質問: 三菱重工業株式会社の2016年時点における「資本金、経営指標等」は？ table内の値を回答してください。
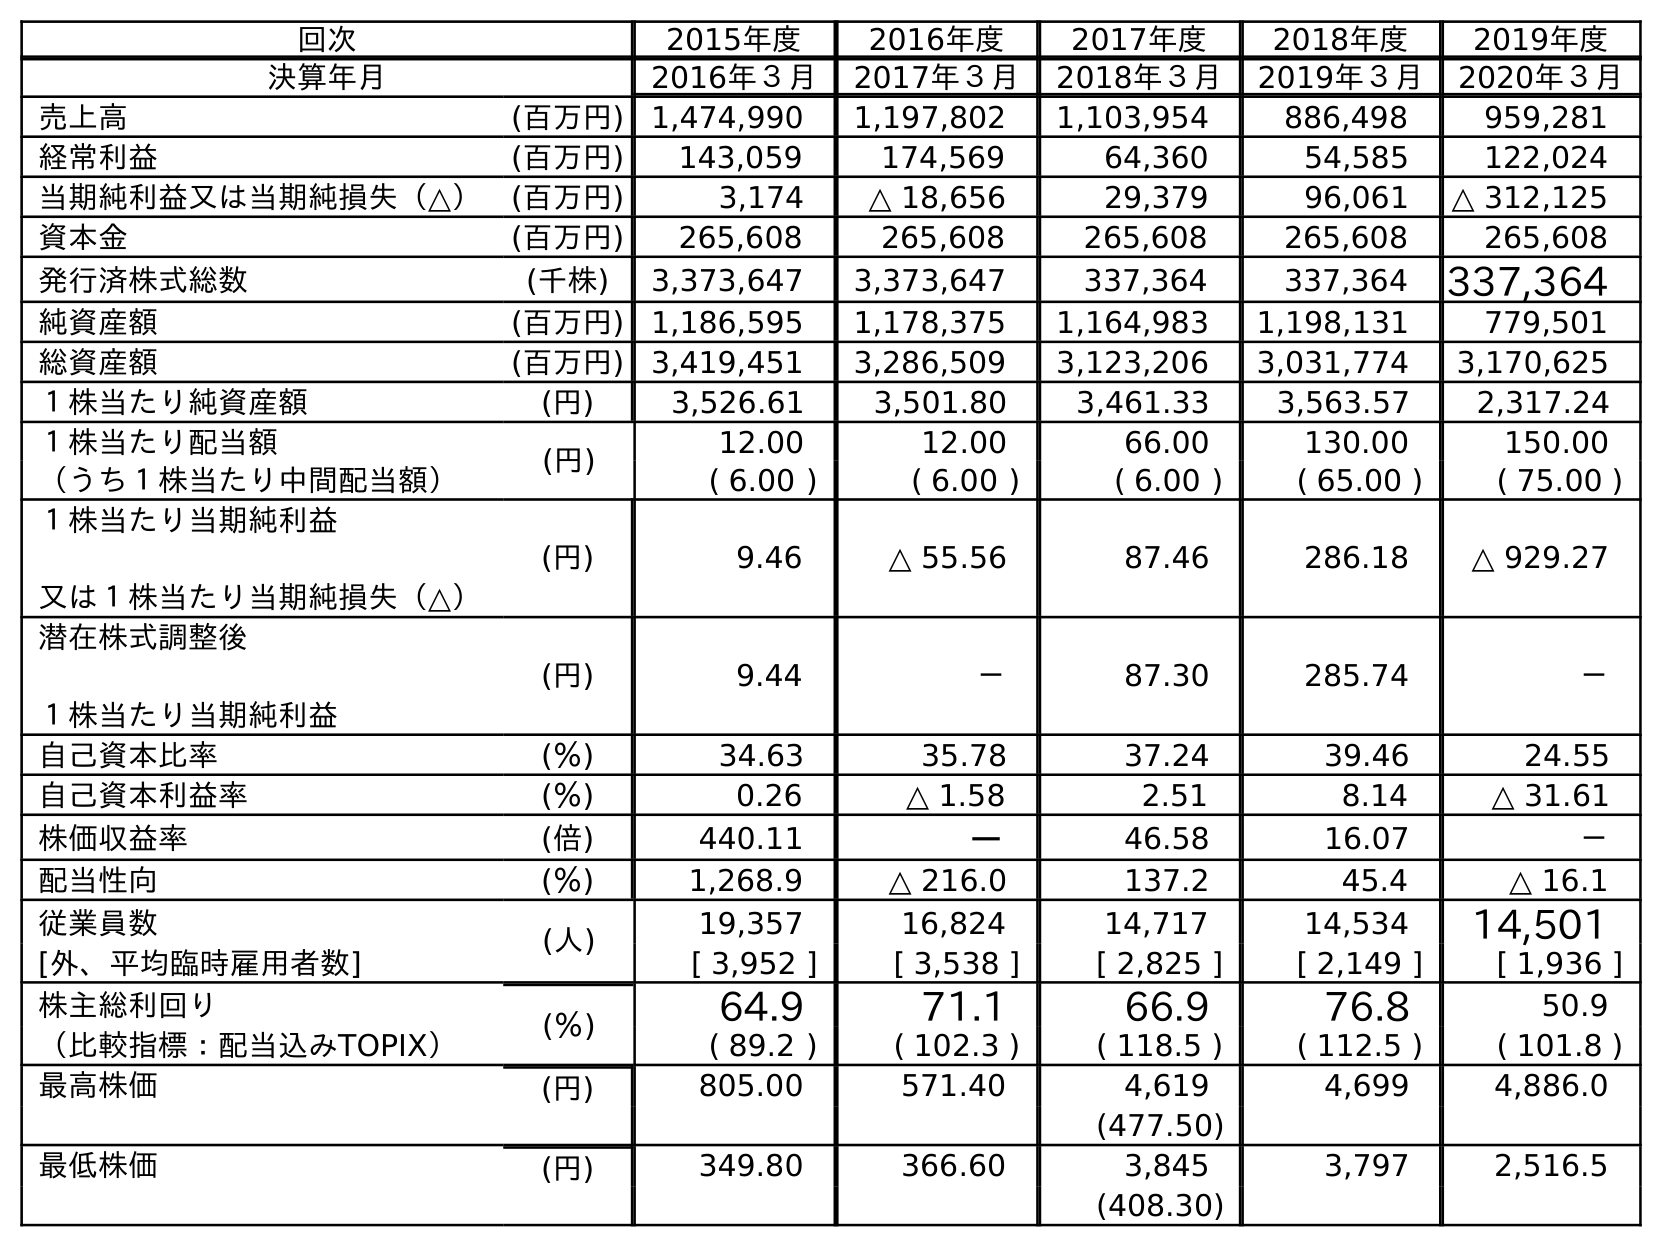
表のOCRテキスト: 回次 2015年度 2016年度 2017年度 2018年度 2019年度 決算年月 2016年３月 2017年３月 2018年３月 2019年３月 2020年３月 売上高 (百万円) 1,474,990 1,197,802 1,103,954 886,498 959,281 経常利益 (百万円) 143,059 174,569 64,360 54,585 122,024 当期純利益又は当期純損失（△） (百万円) 3,174 △ 18,656 29,379 96,061 △ 312,125 資本金 (百万円) 265,608 265,608 265,608 265,608 265,608 発行済株式総数 (千株) 3,373,647 3,373,647 337,364 337,364 337,364 純資産額 (百万円) 1,186,595 1,178,375 1,164,983 1,198,131 779,501 総資産額 (百万円) 3,419,451 3,286,509 3,123,206 3,031,774 3,170,625 １株当たり純資産額 (円) 3,526.61 3,501.80 3,461.33 3,563.57 2,317.24 １株当たり配当額 (円) 12.00 12.00 66.00 130.00 150.00 （うち１株当たり中間配当額） ( 6.00 ) ( 6.00 ) ( 6.00 ) ( 65.00 ) ( 75.00 ) １株当たり当期純利益 又は１株当たり当期純損失（△） (円) 9.46 △ 55.56 87.46 286.18 △ 929.27 潜在株式調整後 １株当たり当期純利益 (円) 9.44 － 87.30 285.74 － 自己資本比率 (％) 34.63 35.78 37.24 39.46 24.55 自己資本利益率 (％) 0.26 △ 1.58 2.51 8.14 △ 31.61 株価収益率 (倍) 440.11 － 46.58 16.07 － 配当性向 (％) 1,268.9 △ 216.0 137.2 45.4 △ 16.1 従業員数 (人) 19,357 16,824 14,717 14,534 14,501 [外、平均臨時雇用者数] [ 3,952 ] [ 3,538 ] [ 2,825 ] [ 2,149 ] [ 1,936 ] 株主総利回り (％) 64.9 71.1 66.9 76.8 50.9 （比較指標：配当込みTOPIX） ( 89.2 ) ( 102.3 ) ( 118.5 ) ( 112.5 ) ( 101.8 ) 最高株価 (円) 805.00 571.40 4,619 4,699 4,886.0 (477.50) 最低株価 (円) 349.80 366.60 3,845 3,797 2,516.5 (408.30)
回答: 265,608